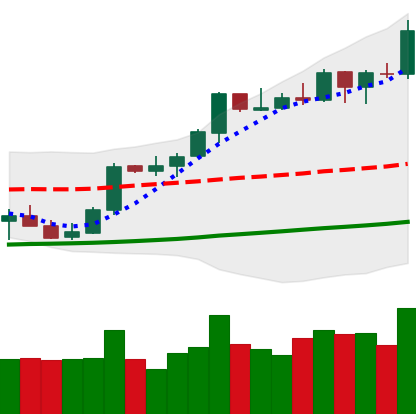
Ticker: BTC-USD
Chart end date: 2021-10-15
Forward return: 7.142%
Label: up_7plus